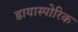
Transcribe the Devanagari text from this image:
डायास्पोरिक